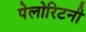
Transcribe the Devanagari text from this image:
पेलोरिटनी